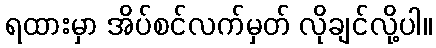
ရထားမှာ အိပ်စင်လက်မှတ် လိုချင်လို့ပါ။